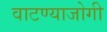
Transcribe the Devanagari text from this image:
वाटण्याजोगी